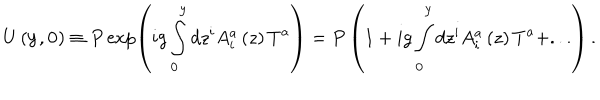
LaTeX: U \left( { { \bf y } , { \bf 0 } } \right) \equiv P \exp \left( { i g \int _ { \bf 0 } ^ { \bf y } { d z ^ { i } } A _ { i } ^ { a } \left( z \right) T ^ { a } } \right) = P \left( { 1 + i g \int _ { \bf 0 } ^ { \bf y } { d z ^ { i } } A _ { i } ^ { a } \left( z \right) T ^ { a } + . . . } \right) .